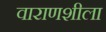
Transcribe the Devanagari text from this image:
वाराणशीला